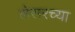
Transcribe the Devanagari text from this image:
लेसरच्या